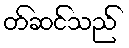
တ်ဆင်သည်